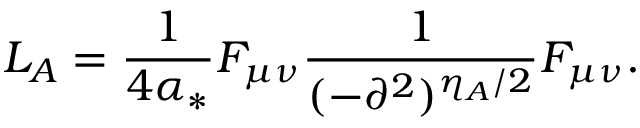
{ \cal L } _ { A } = \frac { 1 } { 4 \alpha _ { * } } F _ { \mu \nu } \frac { 1 } { ( - \partial ^ { 2 } ) ^ { \eta _ { A } / 2 } } F _ { \mu \nu } .